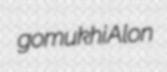
gomukhi Alon